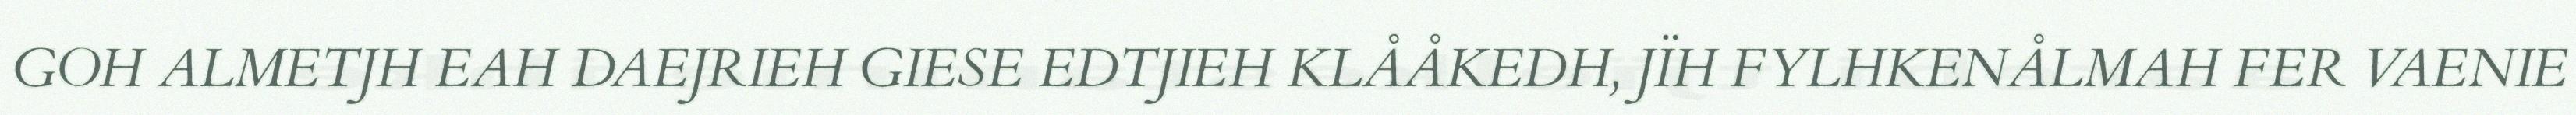
GOH ALMETJH EAH DAEJRIEH GIESE EDTJIEH KLÅÅKEDH, JÏH FYLHKENÅLMAH FER VAENIE